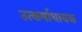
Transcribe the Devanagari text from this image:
उत्कर्षाधायक